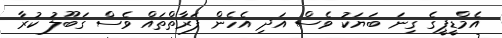
އެމްޑީޕީގެ ގިނަ ބަޔަކު ވެސް އަދި އެހެން ފަރާތްތައް ވެސް ގަބޫލު ކުރާ